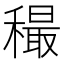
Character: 穝